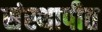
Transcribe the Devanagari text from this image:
संस्थापीत